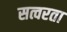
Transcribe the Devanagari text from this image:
सत्वरता